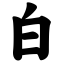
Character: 白